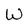
Character: W